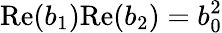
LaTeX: \mathrm{Re}(b_{1})\mathrm{Re}(b_{2})=b_{0}^{2}